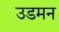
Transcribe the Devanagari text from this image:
उडमन